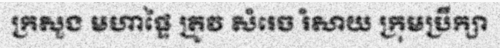
ក្រសួង មហាផ្ទៃ ត្រូវ សំរេច រំសាយ ក្រុមប្រឹក្សា